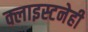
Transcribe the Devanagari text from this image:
क्लाइस्टनेही